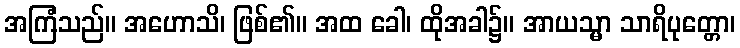
အကြံသည်။ အဟောသိ၊ ဖြစ်၏။ အထ ခေါ၊ ထိုအခါ၌။ အာယသ္မာ သာရိပုတ္တော၊